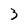
Character: 3